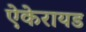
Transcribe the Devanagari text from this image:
ऐकेरायड